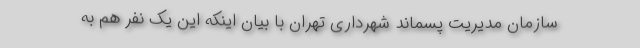
سازمان مدیریت پسماند شهرداری تهران با بیان اینکه این یک نفر هم به